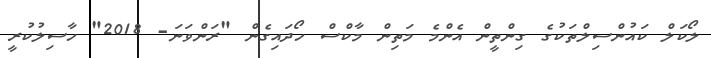
ލޯކަލް ކައުންސިލްތަކުގެ ގިންތީން އެންމެ މަތިން މާކްސް ހޯދައިގެން "ރަންވަނަ- 2018" ހާސިލުކުރީ